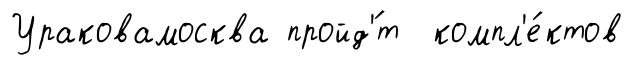
Ураковамосква пройд'́т компл'е́ктов